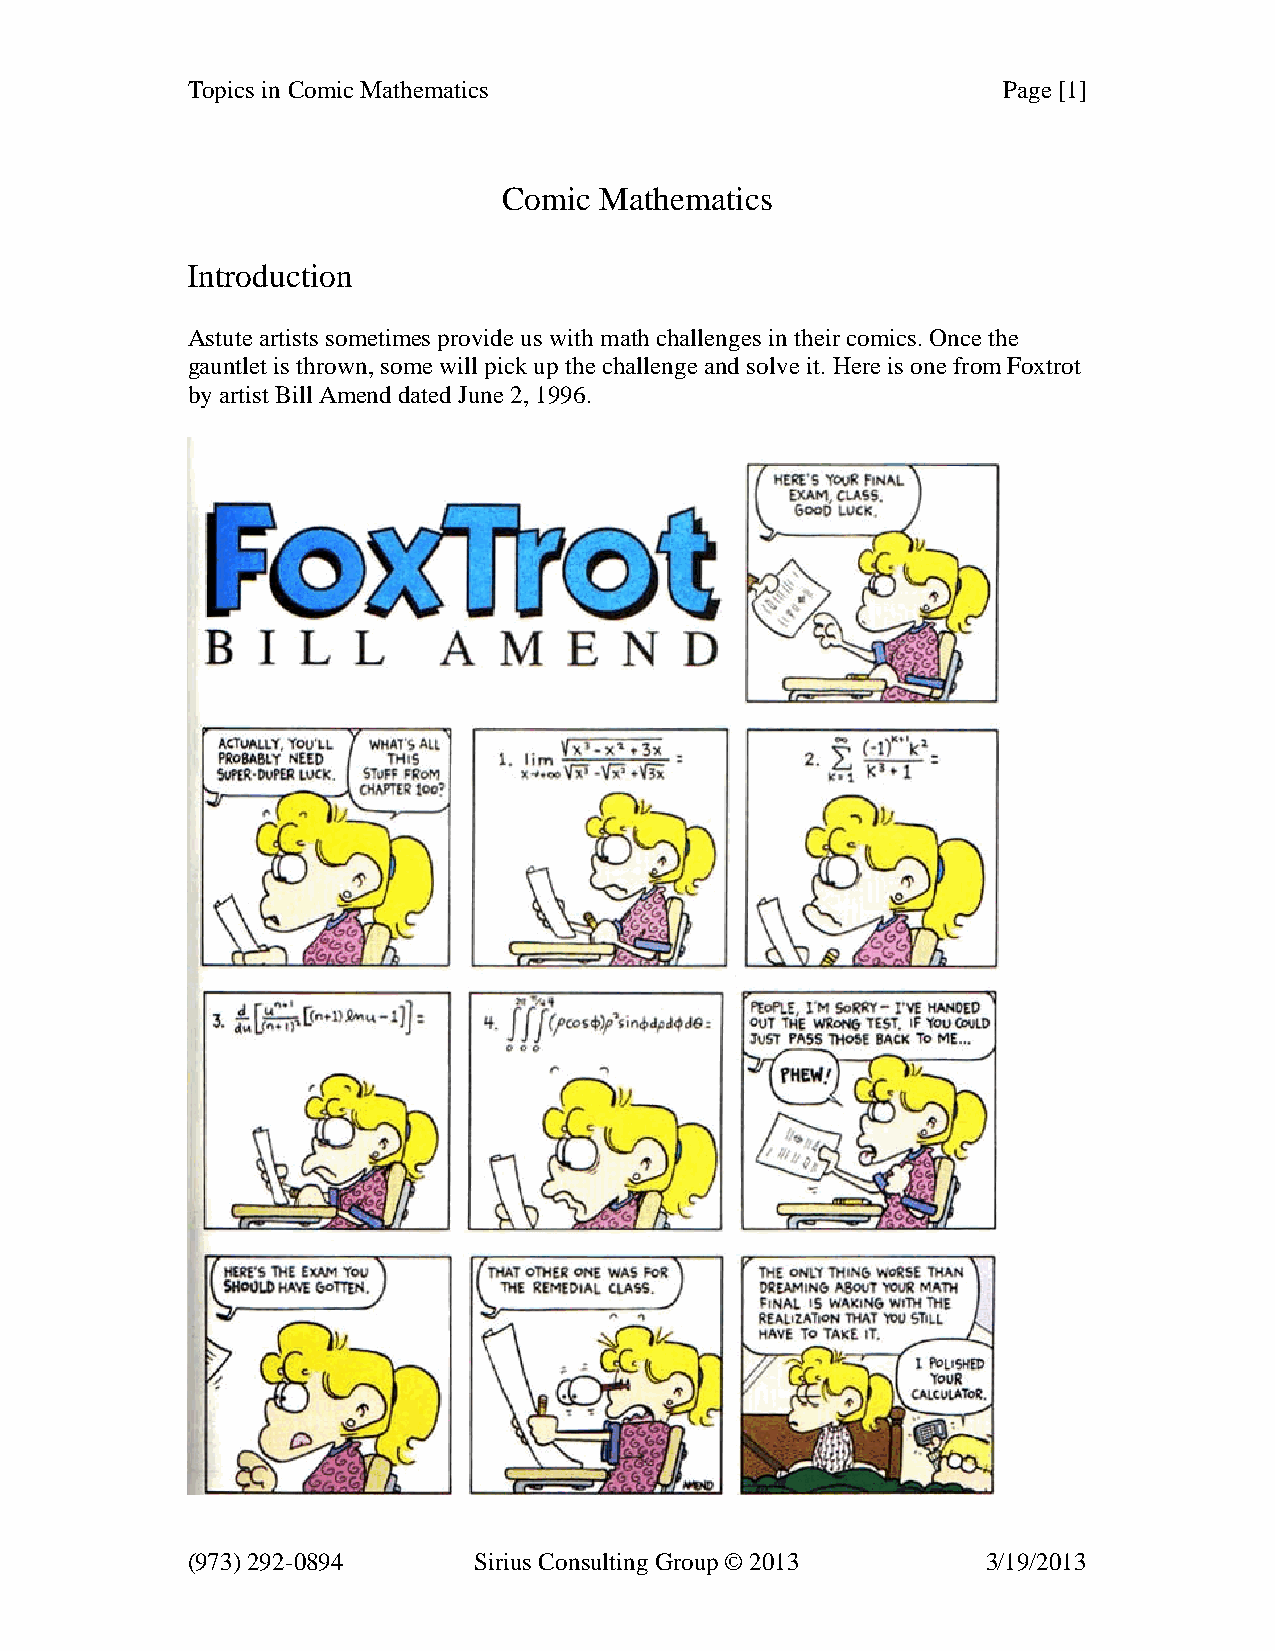
Topics in Comic Mathematics                           Page [1]
 Comic  Mathematics
 Introduction
 Astute artists sometimes provide us with math challenges in their comics. Once the
 gauntlet is thrown, some will pick up the challenge and solve it. Here is one from Foxtrot
 by artist Bill Amend dated June 2, 1996.
 (973) 292-0894     Sirius Consulting Group © 2013    3/19/2013